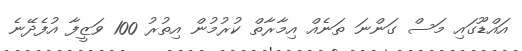
އައްޑޫގައި މަސް ގަންނަ ތަނެއް އިމާރާތް ކުރުމުން އިތުރު 100 ވަޒީފާ އުފެދޭނެ